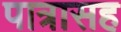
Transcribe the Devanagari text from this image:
पात्रासह